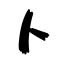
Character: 卜